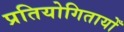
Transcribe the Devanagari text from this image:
प्रतियोगितायोँ